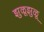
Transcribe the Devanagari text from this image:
झुळूझुळू